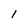
Character: I